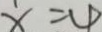
x = 4